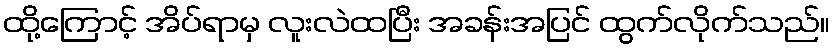
ထို့ကြောင့် အိပ်ရာမှ လူးလဲထပြီး အခန်းအပြင် ထွက်လိုက်သည်။